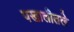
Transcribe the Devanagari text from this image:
पखालीतले